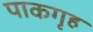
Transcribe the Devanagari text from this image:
पाकगृह